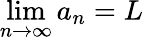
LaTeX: \operatorname*{lim}_{n\to\infty}a_{n}=L